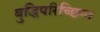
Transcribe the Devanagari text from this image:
बुद्धिपरिच्छिन्न